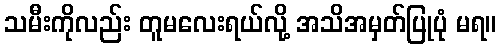
သမီးကိုလည်း တူမလေးရယ်လို့ အသိအမှတ်ပြုပုံ မရ။